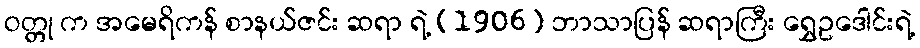
ဝတ္တု က အမေရိကန် စာနယ်ဇင်း ဆရာ ရဲ့ (1906) ဘာသာပြန် ဆရာကြီး ရွှေဥဒေါင်းရဲ့